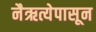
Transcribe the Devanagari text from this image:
नैऋत्येपासून